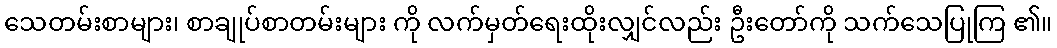
သေတမ်းစာများ၊ စာချုပ်စာတမ်းများ ကို လက်မှတ်ရေးထိုးလျှင်လည်း ဦးတော်ကို သက်သေပြုကြ ၏။